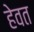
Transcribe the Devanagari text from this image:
हेवत